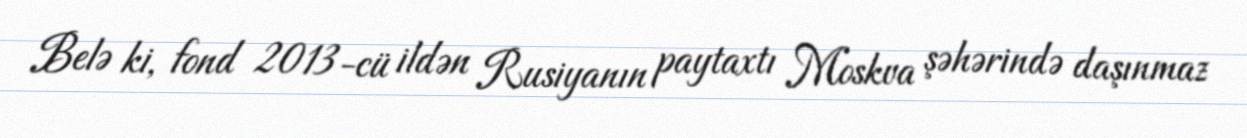
Belə ki, fond 2013-cü ildən Rusiyanın paytaxtı Moskva şəhərində daşınmaz